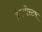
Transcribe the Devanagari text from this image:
क्रीजोस्टम